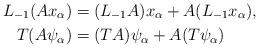
LaTeX: \begin{align*}L_{-1}(A x_{\alpha})&=(L_{-1}A)x_{\alpha}+A(L_{-1}x_{\alpha}),\\T(A\psi_{\alpha})&=(T A)\psi_{\alpha}+A(T\psi_{\alpha})\end{align*}